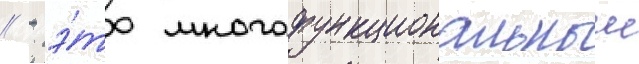
// - э́то многофункциональныи